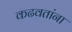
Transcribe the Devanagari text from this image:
कढवतांना